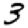
Digit: 3